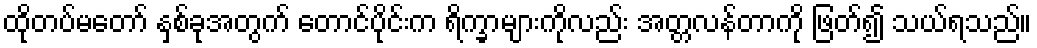
ထိုတပ်မတော် နှစ်ခုအတွက် တောင်ပိုင်းက ရိက္ခာများကိုလည်း အတ္တလန်တာကို ဖြတ်၍ သယ်ရသည်။